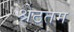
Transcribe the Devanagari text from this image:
श्रेठतम